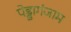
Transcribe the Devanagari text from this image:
पेड्डागंजाम